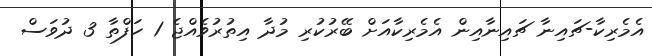
އެމެރިކާ-ޗައިނާ ޗައިނާއިން އެމެރިކާއަށް ބޭރުކުރި މުދާ އިތުރުވެއްޖެ 1 ހަފްތާ 3 ދުވަސް